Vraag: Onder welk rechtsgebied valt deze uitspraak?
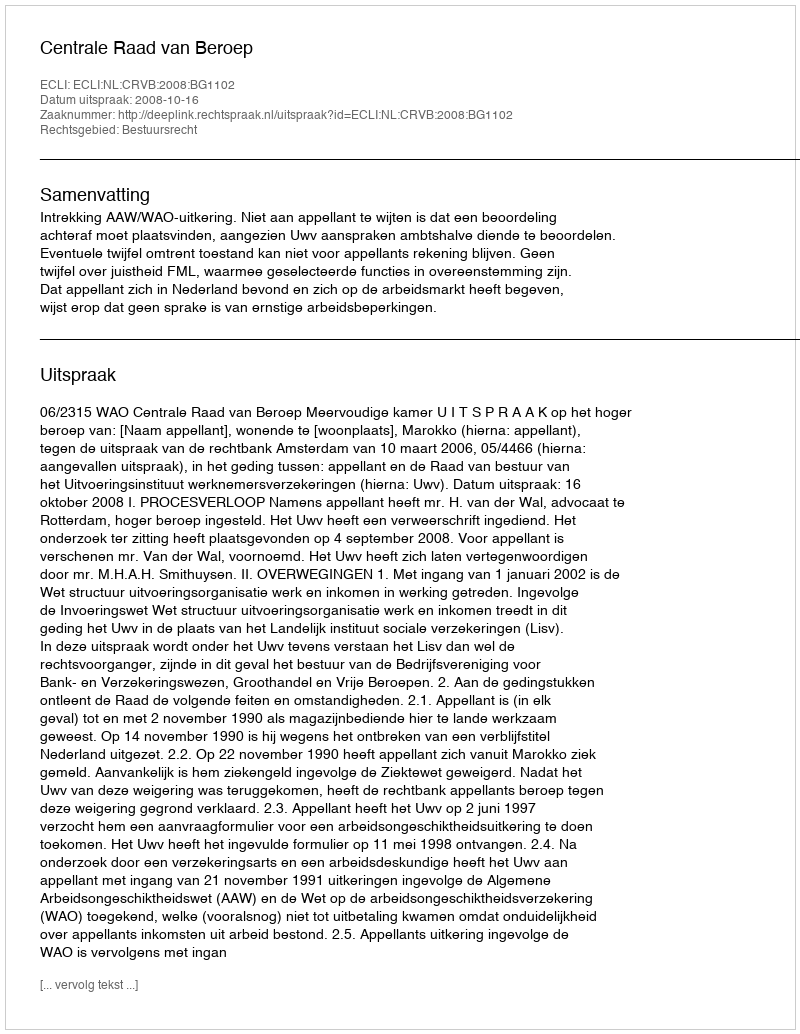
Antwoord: Bestuursrecht